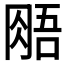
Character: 𰮧